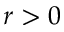
r > 0